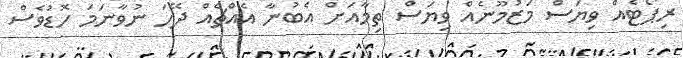
ރިޕޯޓެއް ވިޔަސް މަޒުމޫނެއް ވިޔަސް ތިމާއަށް އެބުނާ އެއްޗެއް ދޭހަ ނުވާނަމަ ހޮޑުވެސް